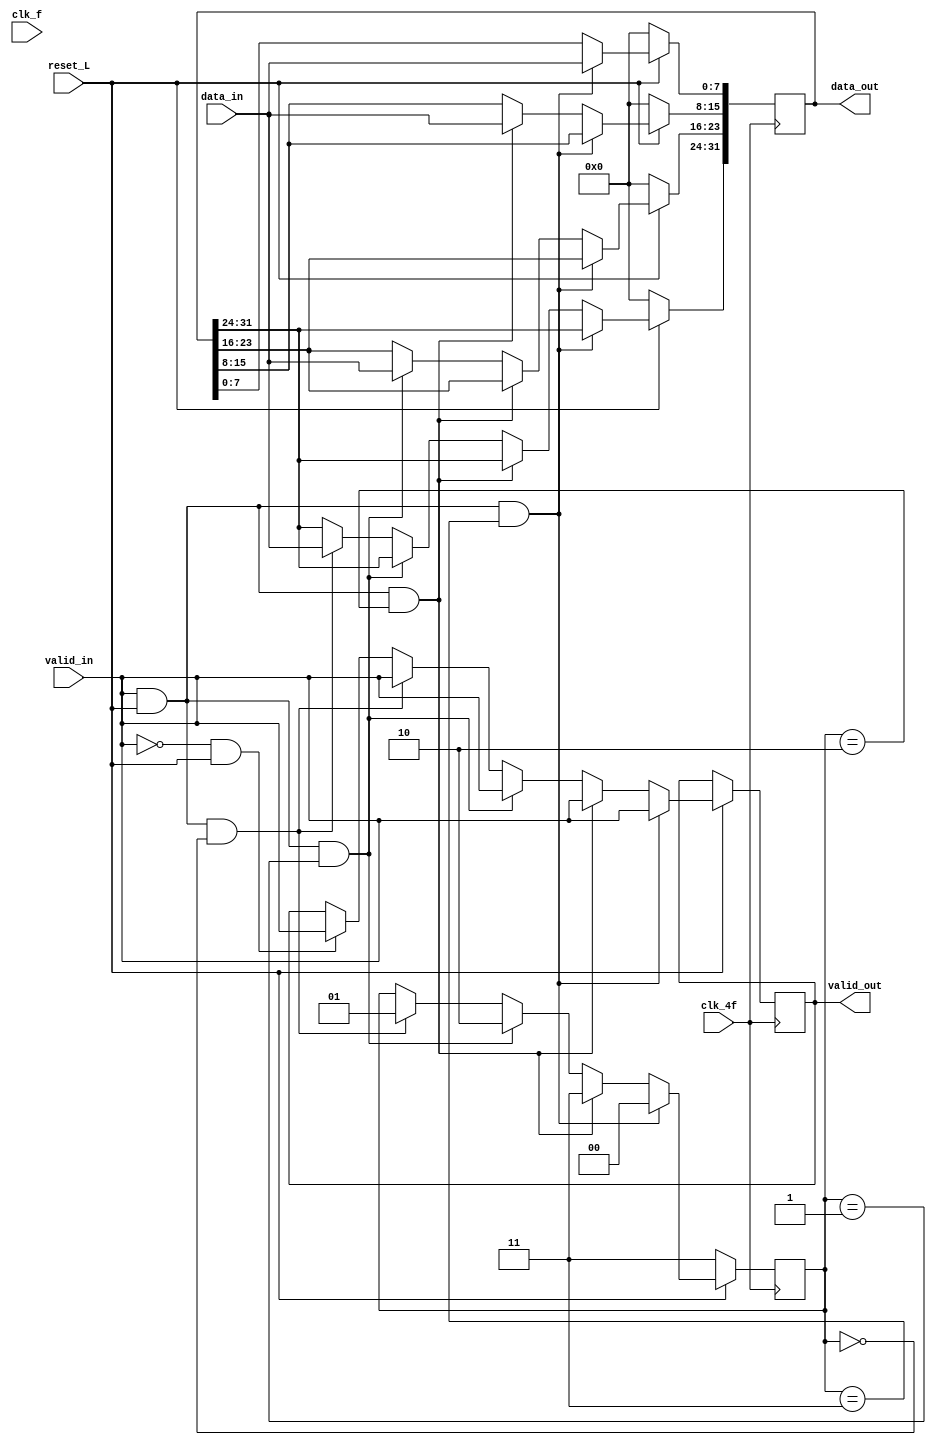
module m8b_32b (
	input		clk_4f,
	input		clk_f,
	input		[7:0] data_in,
	input		valid_in,
	input 		reset_L,
	output reg	[31:0] data_out,
	output reg	valid_out
	);
	
	reg [1:0] selector;
	
	always @ (posedge clk_4f) begin          
	
		if (reset_L == 0) begin
			data_out <= 'h00000000;
			selector <= 'b11;
		end

		else if ((valid_in == 1) & (reset_L == 1) & (selector == 'b11)) begin
			data_out[7:0] <= data_in;
			selector <= 00;
			valid_out <= valid_in;
		end

		else if ((valid_in == 1) & (reset_L==1) & (selector == 'b10)) begin
			data_out[15:8] <= data_in;
			selector <= 11;
			valid_out <= valid_in;
		end

		else if ((valid_in == 1) & (reset_L == 1) & (selector == 'b01)) begin			
			data_out[23:16] <= data_in;
			selector <= 10;
			valid_out <= valid_in;
		end

		else if ((valid_in == 1) & (reset_L == 1) & (selector == 'b00)) begin
			data_out[31:24] <= data_in;
			selector <= 01;
			valid_out <= valid_in;
		end	

		else if ((valid_in == 0) & (reset_L == 1)) begin
			valid_out <= valid_in;
		end	

	end
	
endmodule